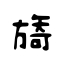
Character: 旖